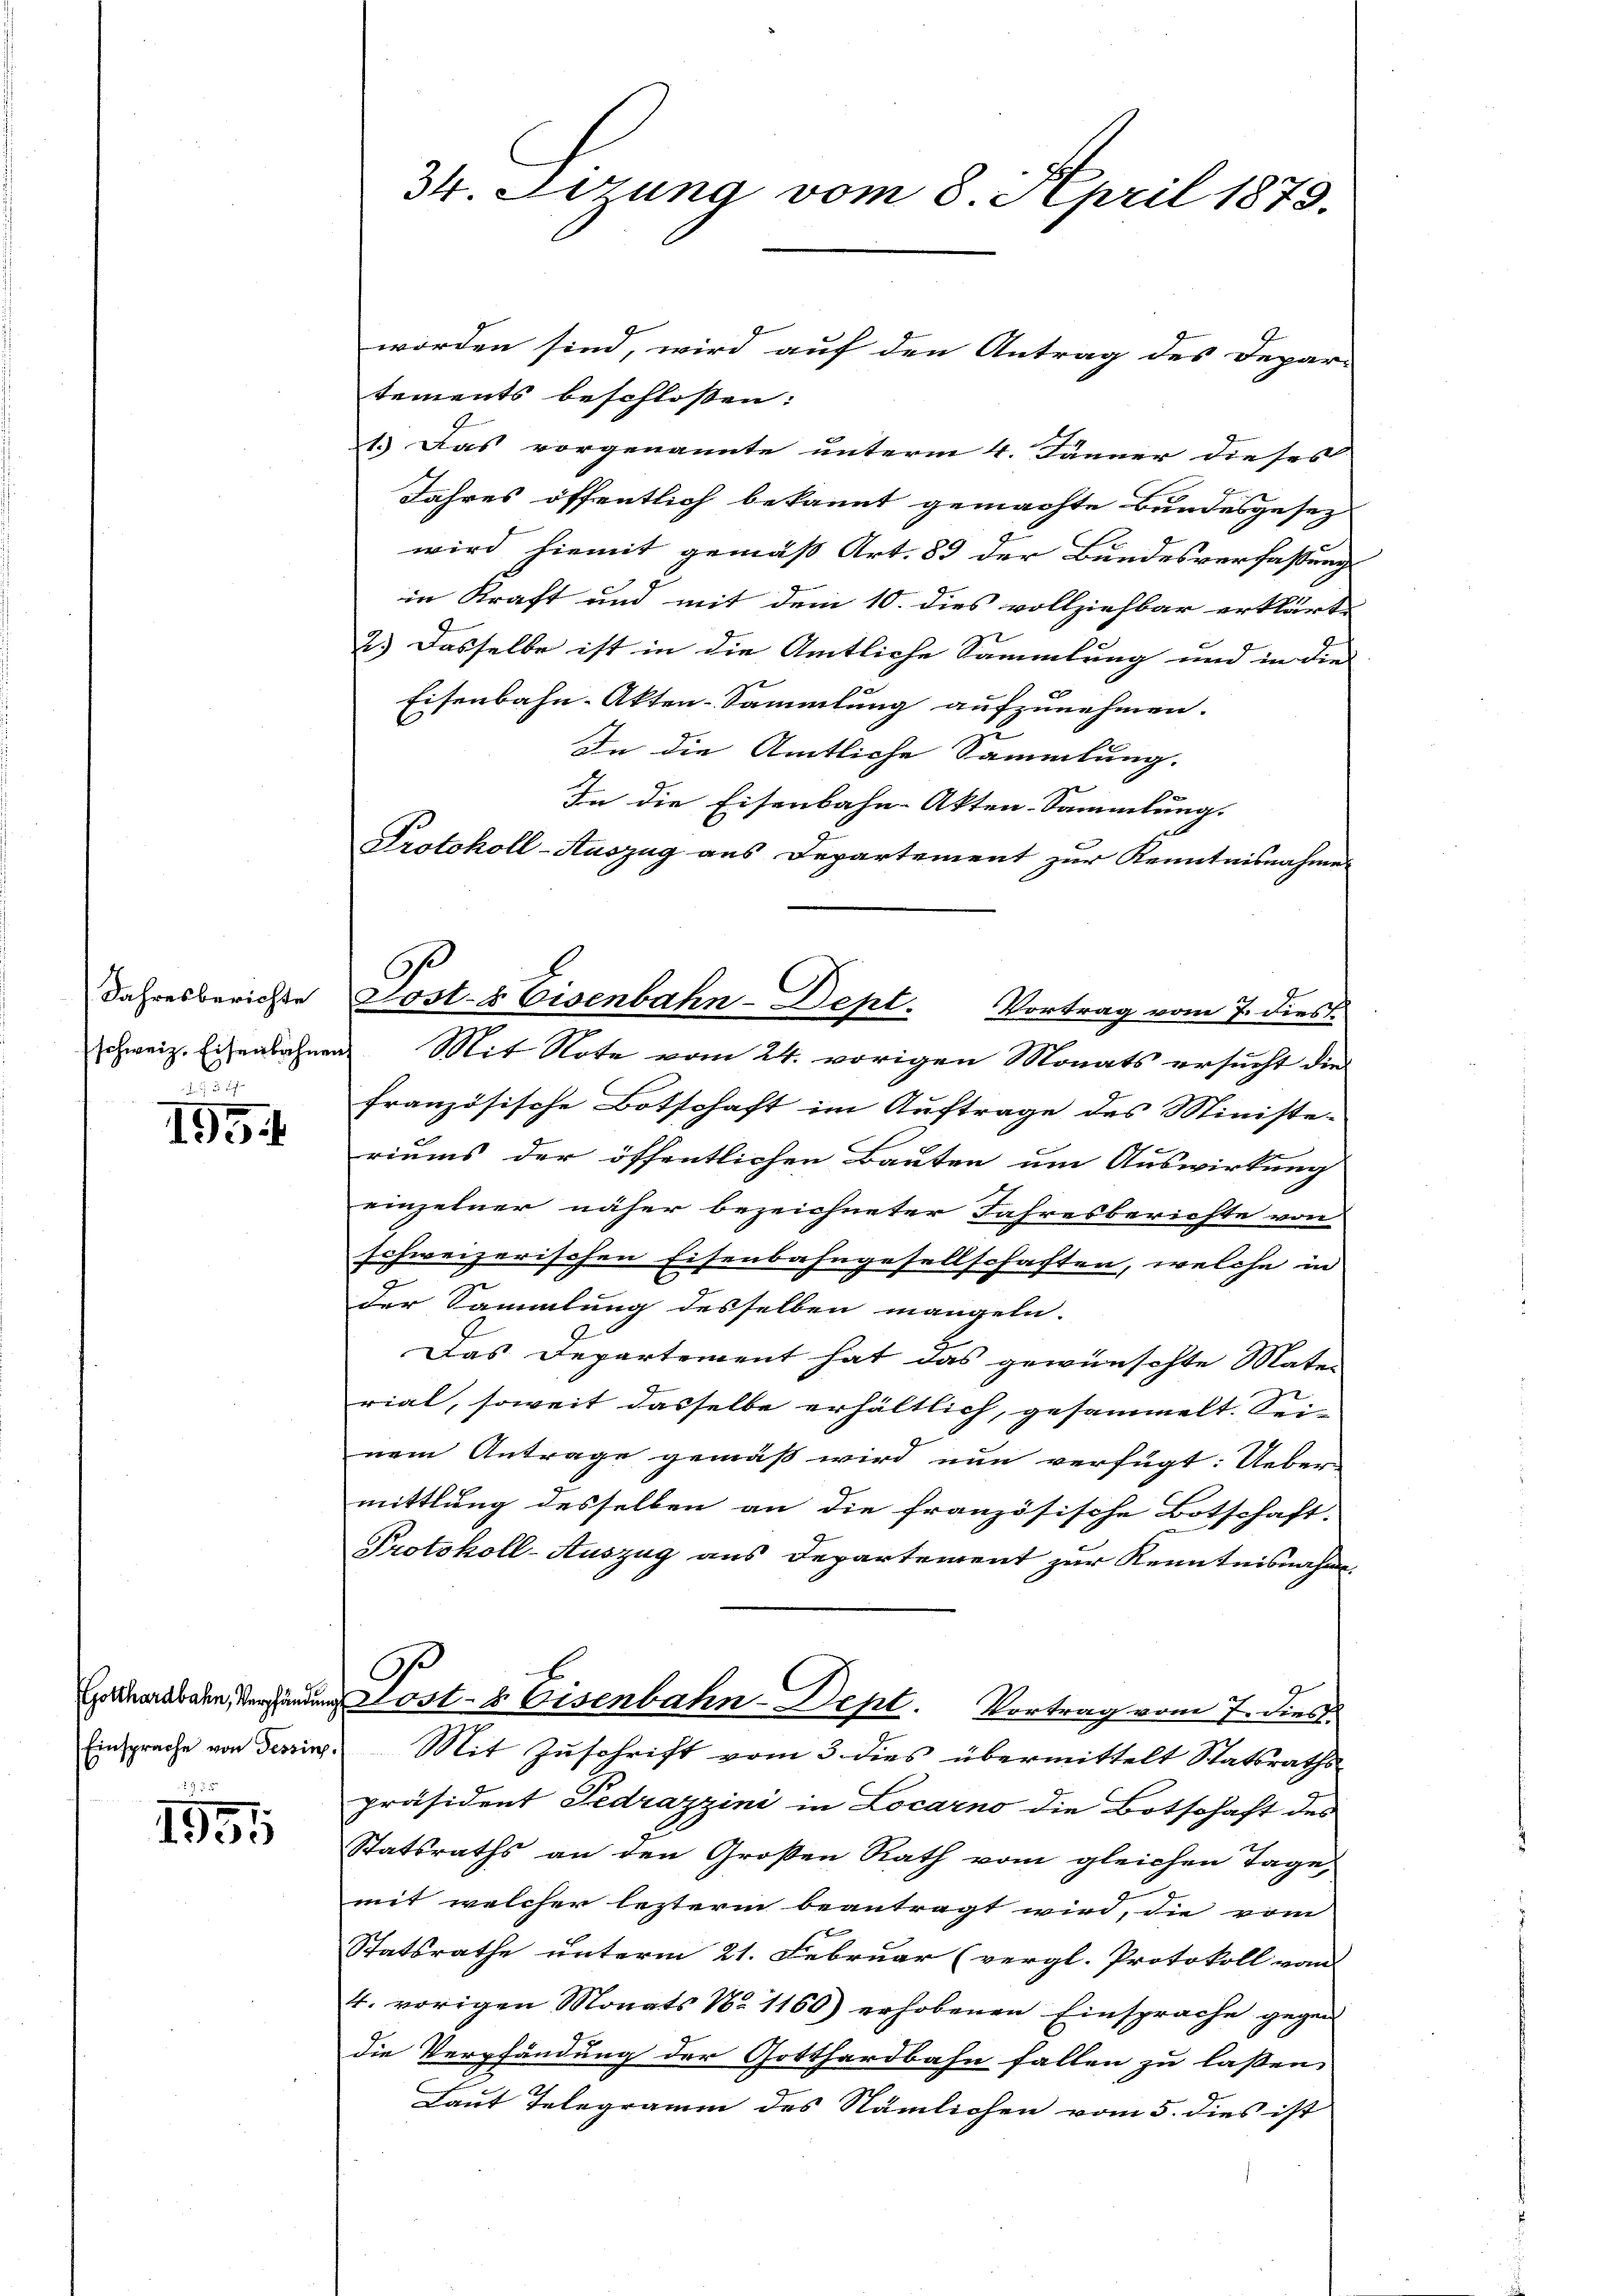
Jahresberichte
s

195

975

1951

34. Dezung vom 8. April 1873.

worden sind, wird auf den Antrag des Depar-
tements beschlossen:
1.) Das vorgenannte unterm 4. Jänner dieses

Jahres öffentlich bekannt gemachte Bundesgesez
wird hiemit gemäß Art. 89 der Bundesverfassung
in Kraft und mit dem 10. dies vollziehbar erklärte
2.) Dasselbe ist in die Amtliche Sammlung und in die
Eisenbahn-Akten-Sammlung aufzunehmen.
2
In die Amtliche Sammlung.
französische Botschaft im Auftrage des Ministe-
riums der öffentlichen Bauten um Auswirkung
einzelner näher bezeichneter Jahresberichte von
schweizerischen Eisenbahngesellschaften, welche in
der Sammlung desselben mangeln.
Das Departement hat das gewünschte Mater
rial, soweit dasselbe erhältlich, gesammelt. Sei- |
nem Antrage gemäß wird nun verfügt: Ueber-
mittlung desselben an die französische Botschaft,
Protokoll-Auszug aus Departement zur Kenntnisnahm.
C
Graubahn, Verhändung Lost- & Eisenbahn-Dept. Vortrag vom 7. dies
Einsprache von Tessin. Mit Zuschrift vom 3. dies übermittelt Statsraths-
präsident Fedrazzini in Locarno die Botschaft des
Statsraths an den Großen Rath vom gleichen Tage,
mit welcher lezterm beantragt wird, die vom
Statsrathe unterm 21. Februar (vergl. Protokoll vom
4. vorigen Monats No 1160) erhobenen Einsprache gegen
die Verpfändung der Gotthardbahn fallen zu lassen |
Laut Telegramm des Nämlichen vom 5. dies ist

In die Eisenbahn-Akten-Sammlung.
Protokoll-Auszug aus Departement zur Kenntnisnahme
Post- & Eisenbahn-Dept. Vortrag vom 7. dies
hweiz. Eisenbahnen Mit Note vom 24. vorigen Monats ersucht die